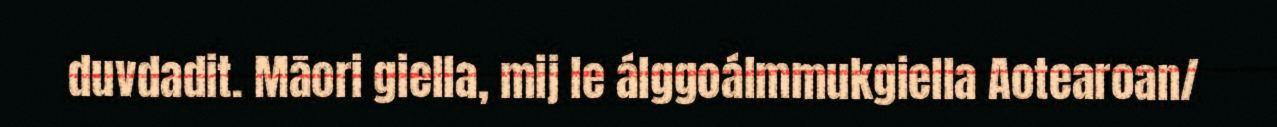
duvdadit. Māori giella, mij le álggoálmmukgiella Aotearoan/